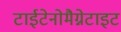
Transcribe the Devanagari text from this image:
टाईटेनोमैग्नेटाइट